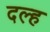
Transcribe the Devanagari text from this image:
दल्ह